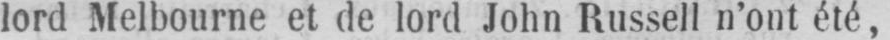
lord Melbourne et de lord John Russell n’ont été,